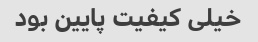
خیلی کیفیت پایین بود